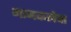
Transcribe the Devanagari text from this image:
गानकलेचा